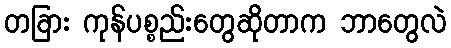
တခြား ကုန်ပစ္စည်းတွေဆိုတာက ဘာတွေလဲ